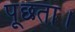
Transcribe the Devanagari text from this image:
पूछता।